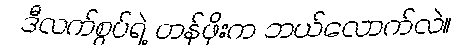
ဒီလက်စွပ်ရဲ့ တန်ဖိုးက ဘယ်လောက်လဲ။